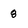
Character: 8